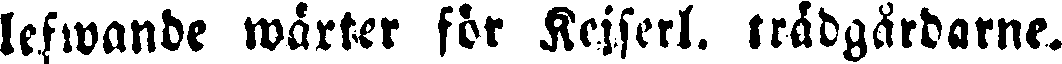
lefwande wärter för Kejserl. trädgårdarne.